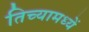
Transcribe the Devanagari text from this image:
तिच्यामध्यें